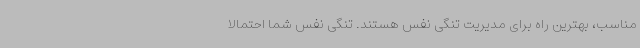
مناسب، بهترین راه برای مدیریت تنگی نفس هستند. تنگی نفس شما احتمالا